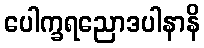
ပေါက္ခရညောဒပါနာနိ